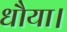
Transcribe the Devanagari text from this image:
धौया।